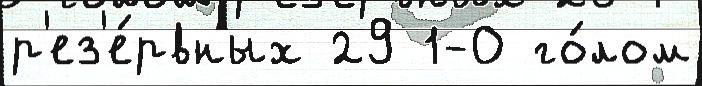
р'ез'е́рвных 29 1-0 го́лом